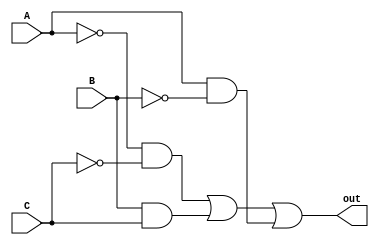
module kmap3b(
	input A,
	input B,
	input C,
	output out);
	
	assign out = (~A&~C) | (B&C) | (A& ~B);
endmodule